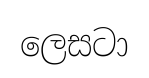
ලෙසටා